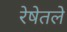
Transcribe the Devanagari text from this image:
रेषेतले